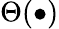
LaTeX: \Theta(\bullet)